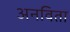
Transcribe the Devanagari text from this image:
अनविता